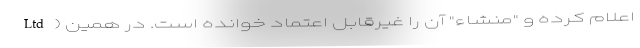
Ltd) اعلام کرده و "منشاء" آن را غیرقابل اعتماد خوانده است. در همین